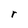
Character: r